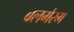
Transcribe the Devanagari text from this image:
बेलगेरम